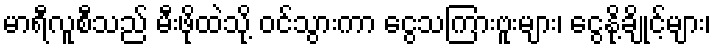
မာရီလူစီသည် မီးဖိုထဲသို့ ဝင်သွားကာ ငွေသကြားဗူးများ၊ ငွေနို့ချိုင့်များ၊